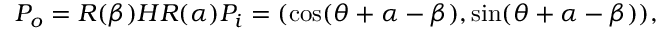
P _ { o } = R ( \beta ) H R ( \alpha ) P _ { i } = ( \cos ( \theta + \alpha - \beta ) , \sin ( \theta + \alpha - \beta ) ) ,